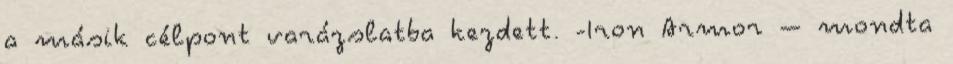
a másik célpont varázslatba kezdett. -Iron Armor – mondta